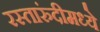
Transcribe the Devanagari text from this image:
रस्तारुंदीमध्ये